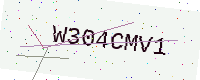
Text: W304CMV1